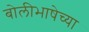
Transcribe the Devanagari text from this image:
बोलीभाषेच्या